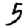
Digit: 5